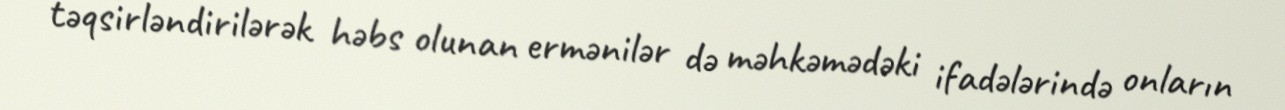
təqsirləndirilərək həbs olunan ermənilər də məhkəmədəki ifadələrində onların